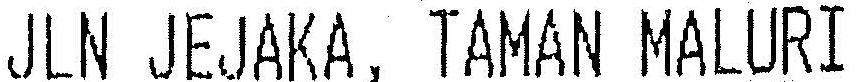
JLN JEJAKA, TAMAN MALURI